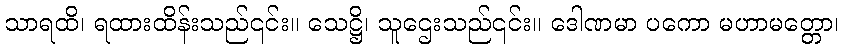
သာရထိ၊ ရထားထိန်းသည်၎င်း။ သေဋ္ဌိ၊ သူဌေးသည်၎င်း။ ဒေါဏမာ ပကော မဟာမတ္တော၊